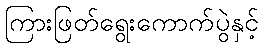
ကြားဖြတ်ရွေးကောက်ပွဲနှင့်